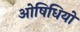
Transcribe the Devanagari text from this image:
ओषिधियों